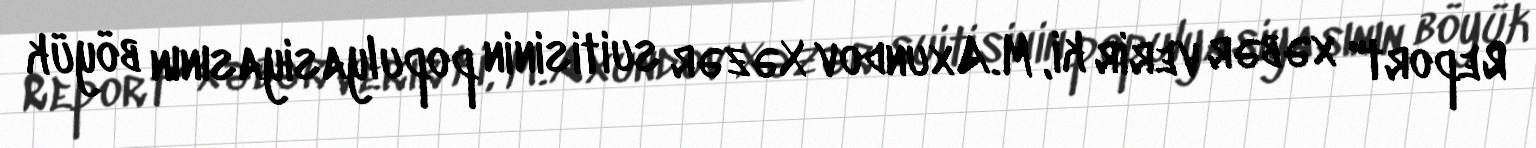
Report" xəbər verir ki, M.Axundov Xəzər suitisinin populyasiyasının böyük